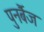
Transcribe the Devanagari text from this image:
पुनर्बैज